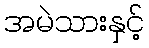
အမဲသားနှင့်